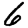
Digit: 6